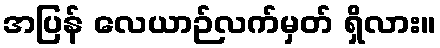
အပြန် လေယာဉ်လက်မှတ် ရှိလား။